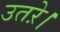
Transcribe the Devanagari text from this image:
उतऱे।